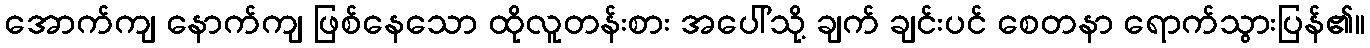
အောက်ကျ နောက်ကျ ဖြစ်နေသော ထိုလူတန်းစား အပေါ်သို့ ချက် ချင်းပင် စေတနာ ရောက်သွားပြန်၏။